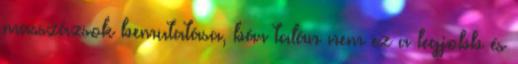
masszázsok bemutatása, bár talán nem ez a legjobb és